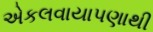
એકલવાયાપણાથી